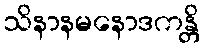
သိနာနမနောဒကန္တိ